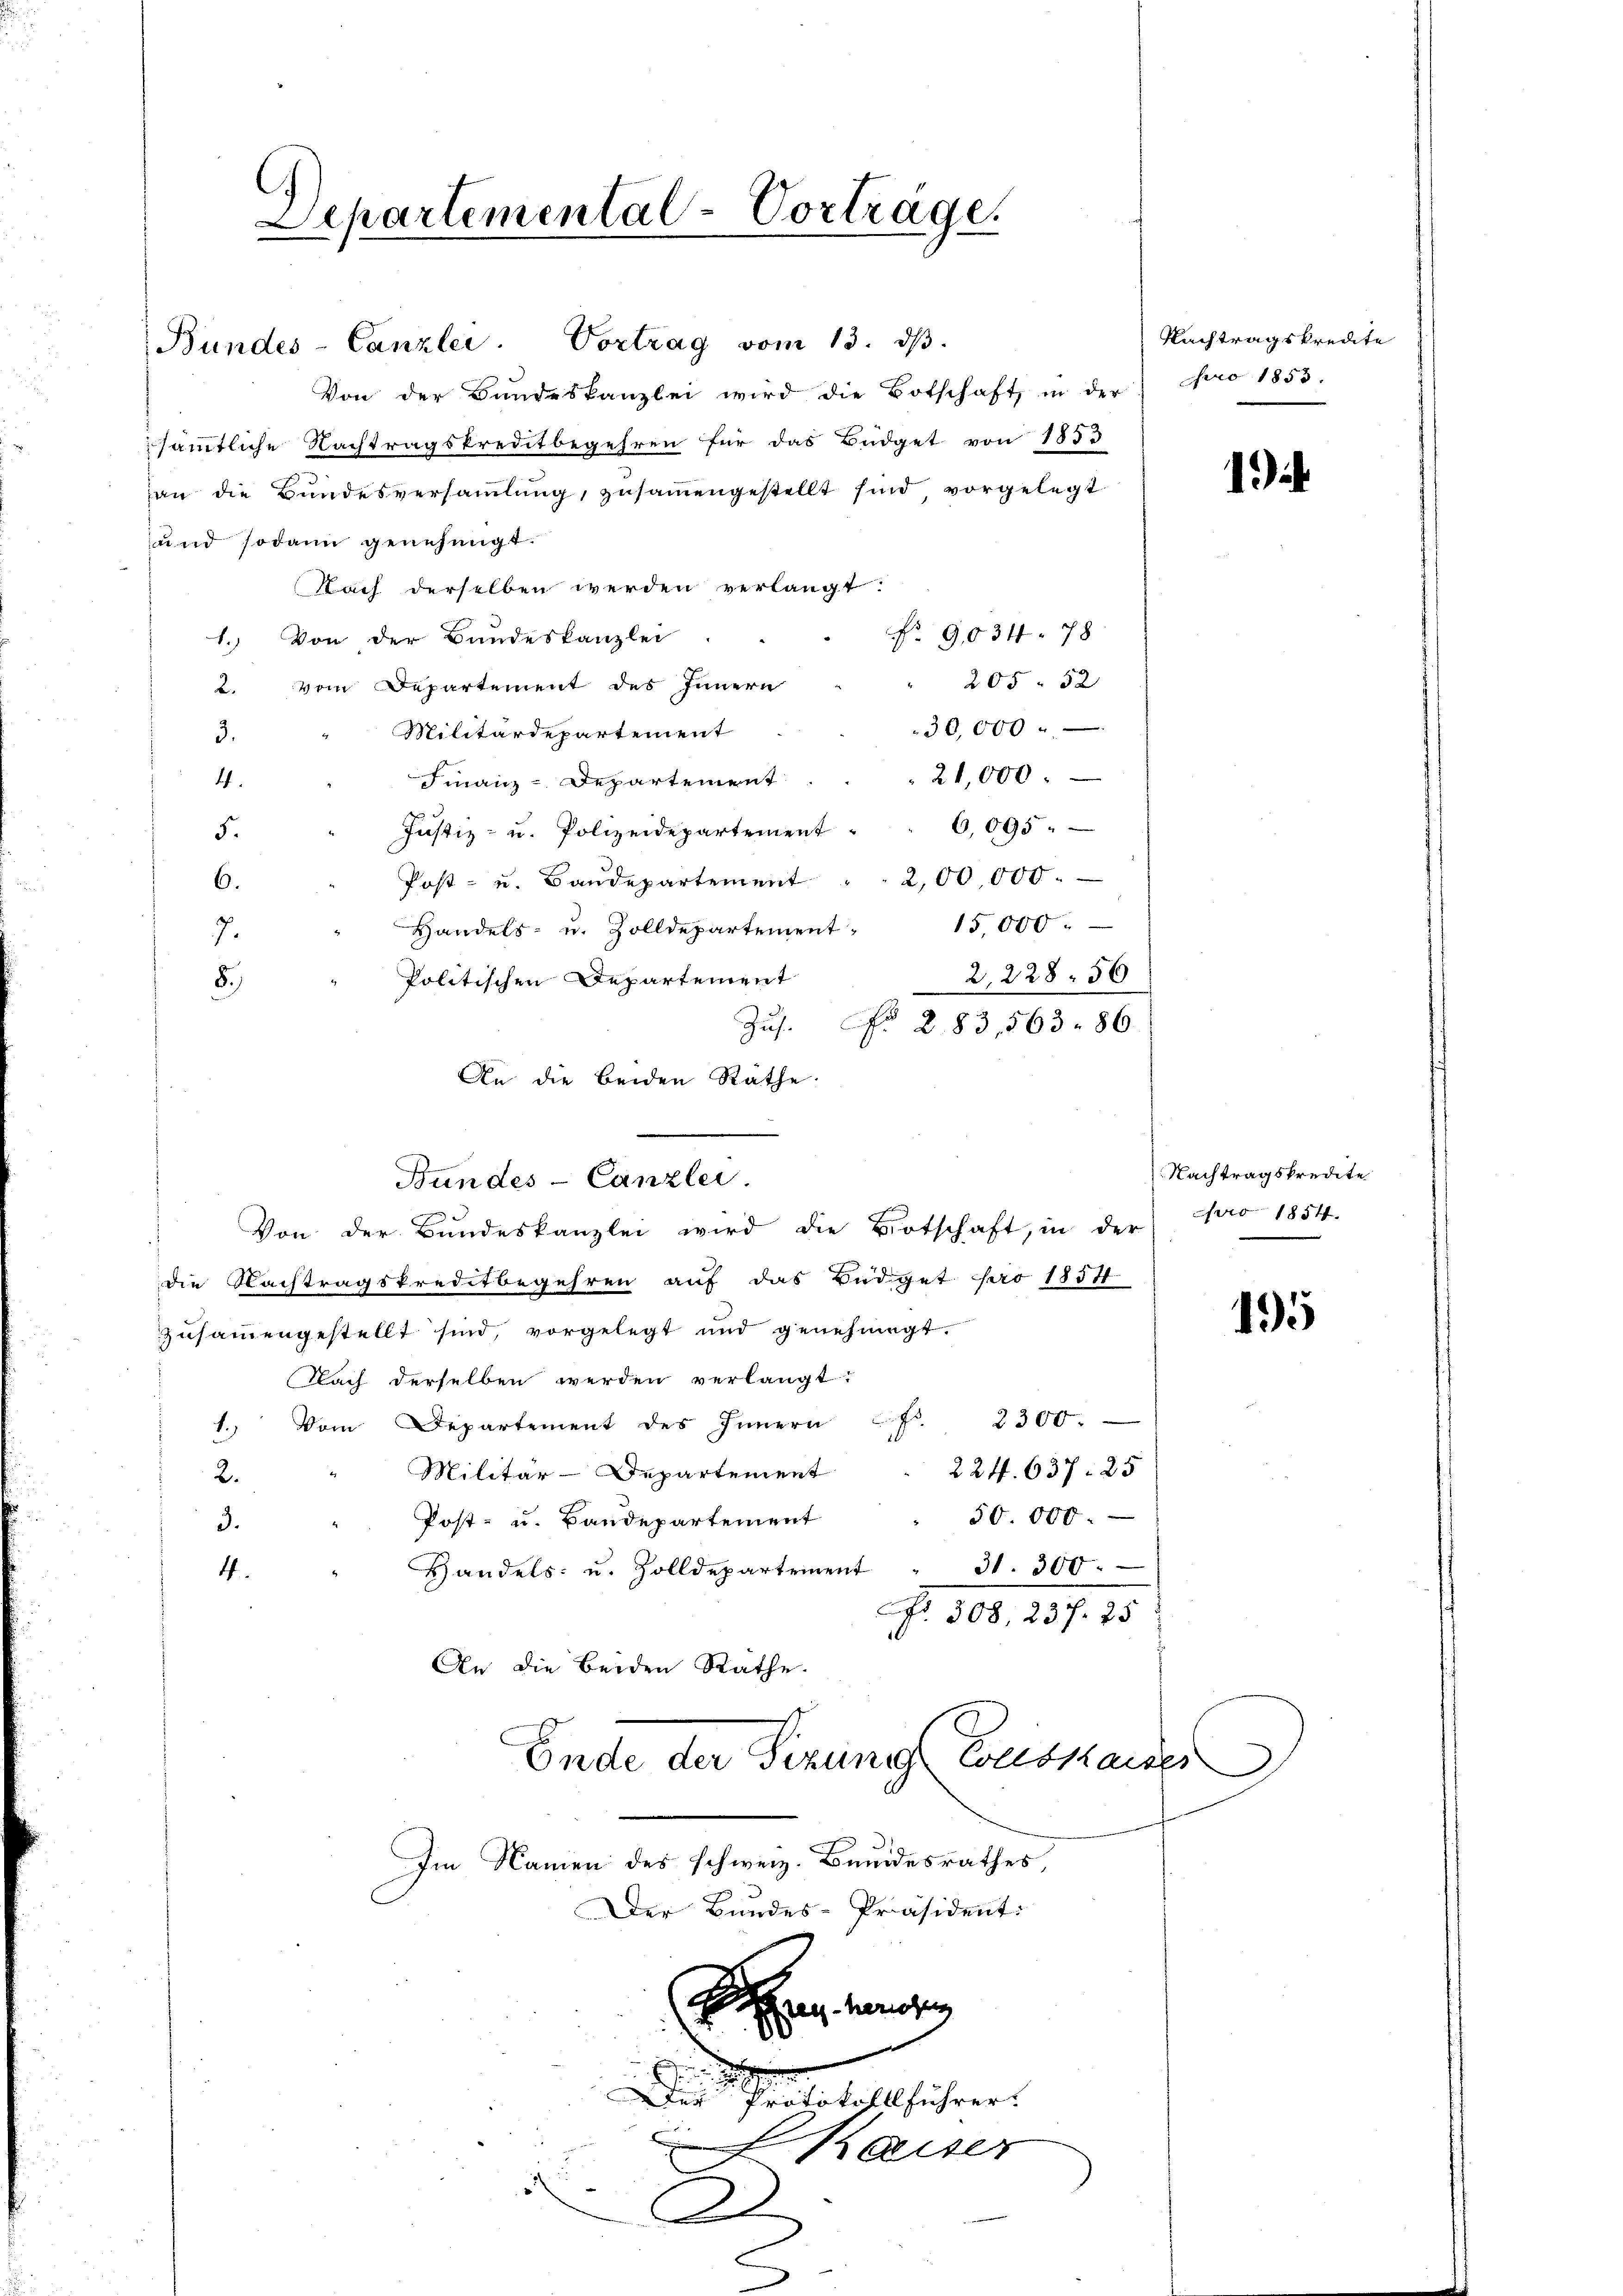
Bundes-Canzlei.

Lepartemental-Vorträge.

Vortrag vom 13. ds.
Von der Bundeskanzlei wird die Botschaft in der Nro 1853.
sämmtliche Nachtragskreditbegehren für das Büdget von 1853
an die Bundesversammlung, zusammengestellt sind vorgelegt
und sodann genehmigt.
Nach derselben werden verlangt.
1. Von der Bandeskanzlei
205. 52
2. vom Departement des Innern
30,000
Militärdepartement
3.
21,000.
Finanz-Departement
4
Justiz- u. Polizeidepartement 6,095
5.
Post- u. Baudepartement " " 200,000
6.
15,000.
Handels- u. Zolldepartement,
7.
2,228. 56
Politischen Departement
8.)
No 283,563. 86.
Zus.
An die beiden Rathe
die Nachtragskreditbegehren auf das Büdget pro 1854
zusammengestellt sind, vorgelegt und genehmigt.
Nach derselben werden verlangt
1.) Vom Departement des Innern fr. 2300.
224. 637. 25
Militär-Departement
2.
50 000.
Post- u. Baudepartement
3.
Handels- u. Zolldepartement " 31. 300
4.
G. 300. 187. 15
An die beiden Rathe.
Ende der Sitzung Coustanze
Im Namen des schweiz. Bundesrathes
Der Bundes-Präsident:
Hohen kannten
.
Der Protokollführer.
kaiser
e
D

Bundes-Canzlei
Von der Bundeskanzlei wird die Biotschaft, in der

No. 9,034. 78

Nachtragskredite

1)

Nachtragskredite
ro 1854.

195